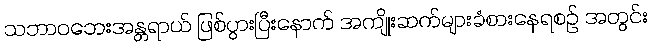
သဘာဝဘေးအန္တရာယ် ဖြစ်ပွားပြီးနောက် အကျိုးဆက်များခံစားနေရစဉ် အတွင်း